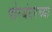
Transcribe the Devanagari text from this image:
पोरबंदरच्या